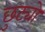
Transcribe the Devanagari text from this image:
छुट्यो